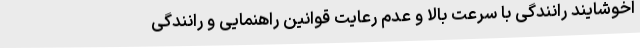
اخوشایند رانندگی با سرعت بالا و عدم رعایت قوانین راهنمایی و رانندگی